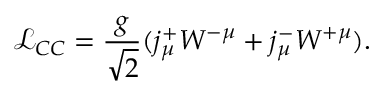
{ \mathcal { L } } _ { C C } = { \frac { g } { \sqrt { 2 } } } ( j _ { \mu } ^ { + } W ^ { - \mu } + j _ { \mu } ^ { - } W ^ { + \mu } ) .